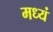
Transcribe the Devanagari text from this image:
मध्यं